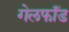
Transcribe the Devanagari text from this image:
गेलफॉँड